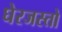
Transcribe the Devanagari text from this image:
घेरजस्तो